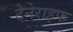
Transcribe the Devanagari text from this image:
टेनेराइफ